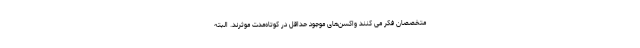
متخصصان فکر می کنند واکسن‌های موجود حداقل در کوتاه‌مدت موثرند. البته